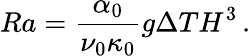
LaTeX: Ra=\frac{\alpha_{0}}{\nu_{0}\kappa_{0}}g\Delta TH^{3}\, .